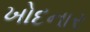
ખોદનાર